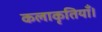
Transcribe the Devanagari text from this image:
कलाकृतियाँ।